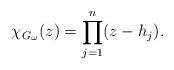
LaTeX: \begin{align*} \chi_{G_{\omega}}(z)=\prod_{j=1}^{n} (z-h_j).\end{align*}